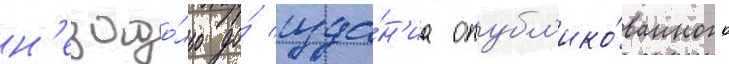
н'езадо́лго до́ изда́н'иа опубл'ико́ванного